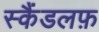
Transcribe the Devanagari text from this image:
स्कैंडलफ़